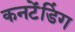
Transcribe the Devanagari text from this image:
कनटेंडिंग